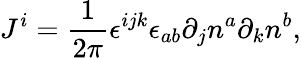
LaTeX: J^{i}=\frac 1{2\pi}{\mathbf\epsilon}^{ijk}\epsilon_{ab}\partial_{j}n^{a}\partial_{k}n^{b},